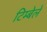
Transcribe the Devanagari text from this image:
टिम्बेले